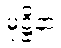
မုဋ္ဌိနာ